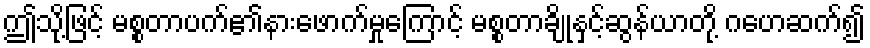
ဤသို့ဖြင့် မစ္စတာပက်၏နားဖောက်မှုကြောင့် မစ္စတာချိုနှင့်ဆွန်ယာတို့ ဂဟေဆက်၍